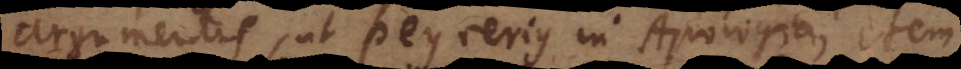
argumentis, ut Peyrerius in Apologia; item